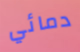
دمائي